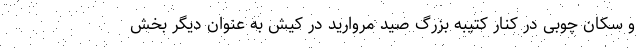
و سکان چوبی در کنار کتیبه بزرگ صید مروارید در کیش به عنوان دیگر بخش